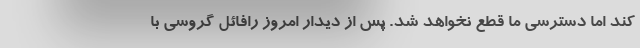
کند اما دسترسی ما قطع نخواهد شد. پس از دیدار امروز رافائل گروسی با